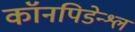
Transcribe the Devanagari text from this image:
कॉनपिडेन्श्ल